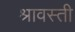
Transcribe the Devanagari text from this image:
श्रावस्‍ती